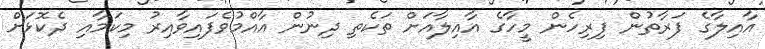
އާއިލާގެ ފަރާތުން ފިރިހެން މީހާގެ އާއިލާއަށް ތަކެތި ދިނުން އާއްމުވެފައިވާއިރު މިކަމާއި ދެކޮޅަށް